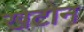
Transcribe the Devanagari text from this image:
खेटोन